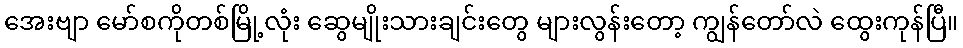
အေးဗျာ မော်စကိုတစ်မြို့လုံး ဆွေမျိုးသားချင်းတွေ များလွန်းတော့ ကျွန်တော်လဲ ထွေးကုန်ပြီ။